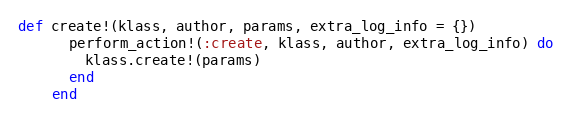
Language: Ruby
def create!(klass, author, params, extra_log_info = {})
      perform_action!(:create, klass, author, extra_log_info) do
        klass.create!(params)
      end
    end